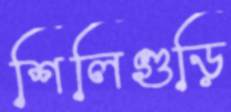
শিলিগুড়ি